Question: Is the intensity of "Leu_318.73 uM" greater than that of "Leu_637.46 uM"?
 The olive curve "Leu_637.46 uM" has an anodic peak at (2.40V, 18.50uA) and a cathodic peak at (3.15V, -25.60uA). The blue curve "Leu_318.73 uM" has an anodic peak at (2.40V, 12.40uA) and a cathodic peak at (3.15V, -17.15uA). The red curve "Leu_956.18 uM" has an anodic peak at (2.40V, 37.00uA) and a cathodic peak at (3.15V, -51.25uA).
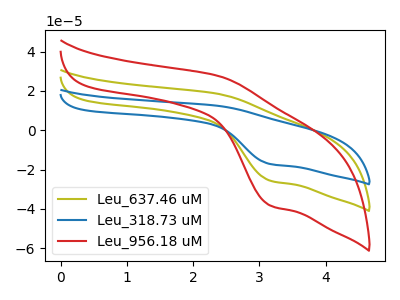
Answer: <think>All the peaks in "Leu_318.73 uM" have a peak in "Leu_637.46 uM" at the same potential. Every peak in "Leu_318.73 uM" is lower than every peak in "Leu_637.46 uM".
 </think>
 <answer>"Leu_318.73 uM" has less signal than "Leu_637.46 uM".</answer>
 <eval>less_signal</eval>